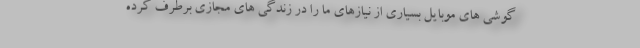
گوشی های موبایل بسیاری از نیازهای ما را در زندگی های مجازی برطرف کرده